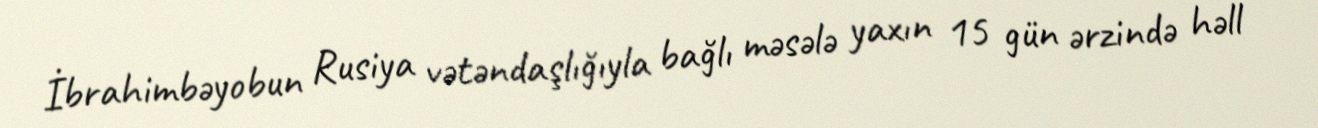
İbrahimbəyobun Rusiya vətəndaşlığıyla bağlı məsələ yaxın 15 gün ərzində həll